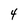
Character: 4